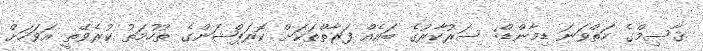
ޤާސިމްގެ ހަތްވަނަ ޑިމާންޑް: ސަރުކާރުގެ ބައެއް ފަރާތްތަކަށް ކޮރަޕްޝަންގެ ތުހުމަތު ކުރެވޭތީ އަވަހަށް